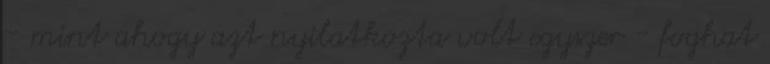
- mint ahogy azt nyilatkozta volt egyszer - foghat